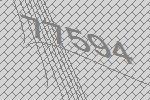
77594